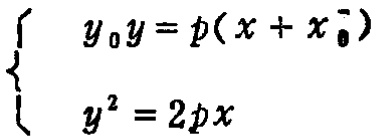
\[\begin{cases}
y_0y = p(x + x_0)\\
y^2 = 2px
\end{cases}\]